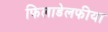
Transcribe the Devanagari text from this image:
फिलाडेलफीया